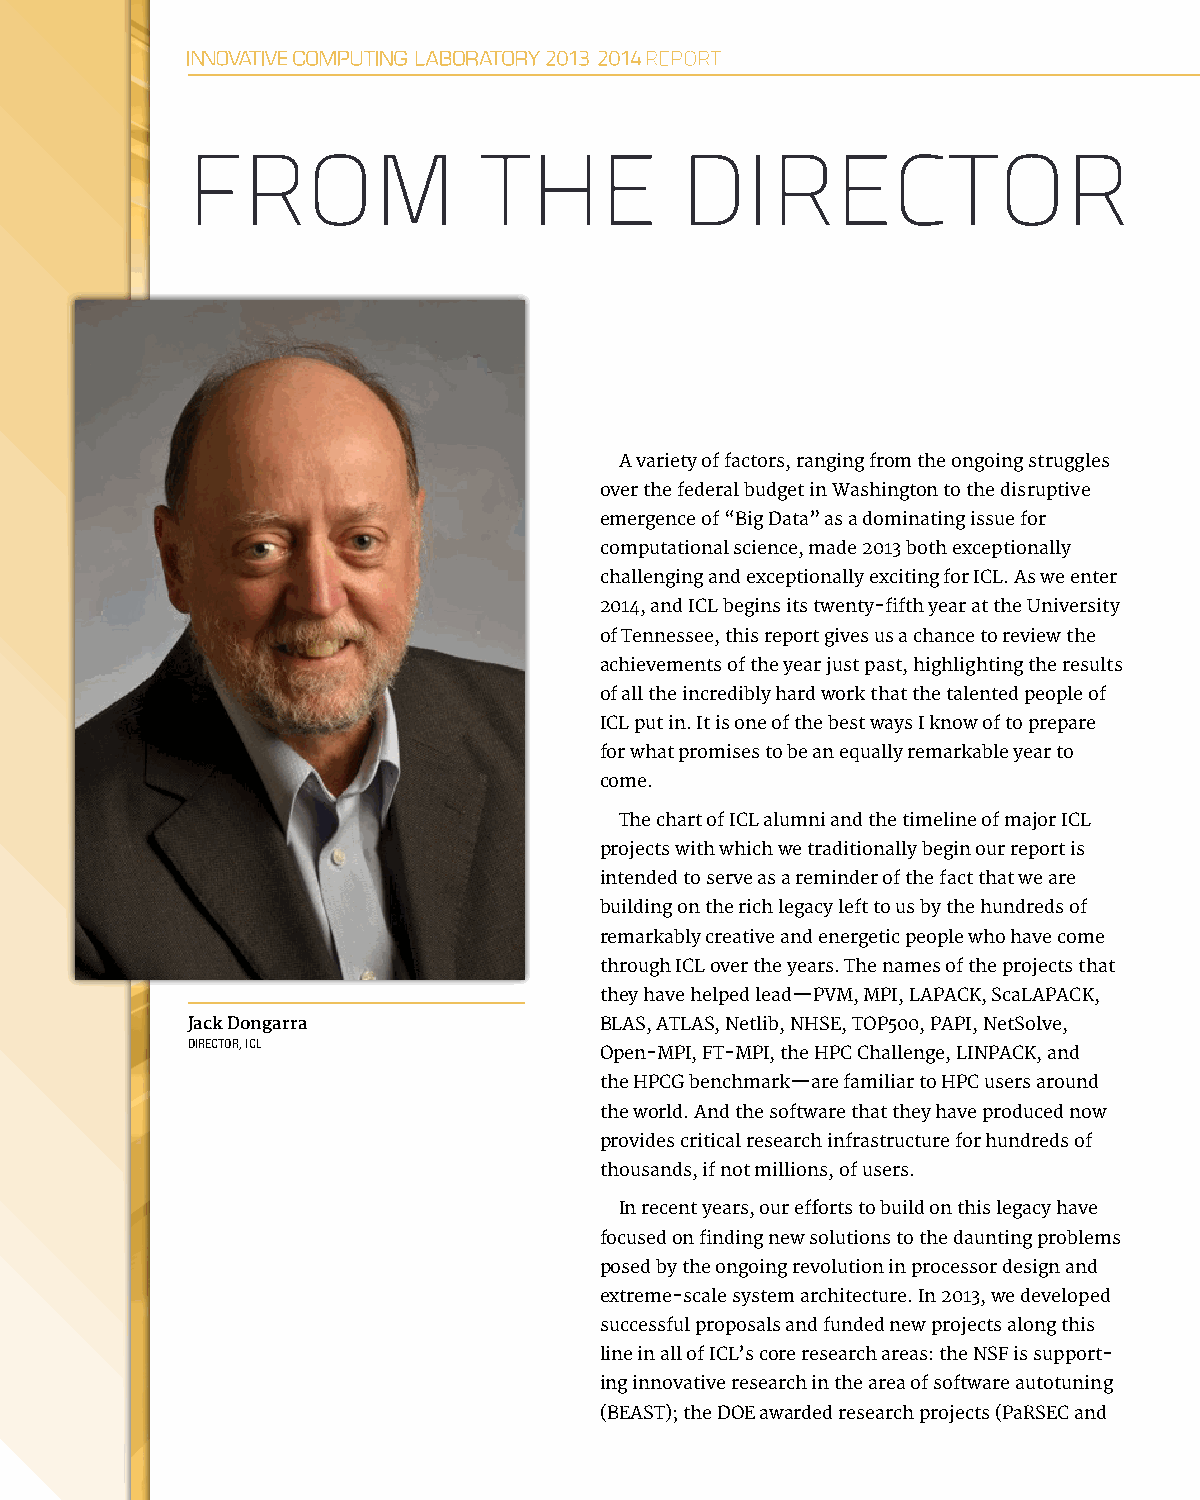
FROM                THE          DIRECTOR
 A variety of factors, ranging from the ongoing struggles
 over the federal budget in Washington to the disruptive
 emergence of “Big Data” as a dominating issue for
 computational science, made 2013 both exceptionally
 challenging and exceptionally exciting for ICL. As we enter
 2014, and ICL begins its twenty-fifth year at the University
 of Tennessee, this report gives us a chance to review the
 achievements of the year just past, highlighting the results
 of all the incredibly hard work that the talented people of
 ICL put in. It is one of the best ways I know of to prepare
 for what promises to be an equally remarkable year to
 come.
 The chart of ICL alumni and the timeline of major ICL
 projects with which we traditionally begin our report is
 intended to serve as a reminder of the fact that we are
 building on the rich legacy left to us by the hundreds of
 remarkably creative and energetic people who have come
 through ICL over the years. The names of the projects that
 they have helped lead—PVM, MPI, LAPACK, ScaLAPACK,
 Jack Dongarra               BLAS, ATLAS, Netlib, NHSE, TOP500, PAPI, NetSolve,
 DIRECTOR, ICL
 Open-MPI, FT-MPI, the HPC Challenge, LINPACK, and
 the HPCG benchmark—are familiar to HPC users around
 the world. And the software that they have produced now
 provides critical research infrastructure for hundreds of
 thousands, if not millions, of users.
 In recent years, our efforts to build on this legacy have
 focused on finding new solutions to the daunting problems
 posed by the ongoing revolution in processor design and
 extreme-scale system architecture. In 2013, we developed
 successful proposals and funded new projects along this
 line in all of ICL’s core research areas: the NSF is support-
 ing innovative research in the area of software autotuning
 (BEAST); the DOE awarded research projects (PaRSEC and
 2